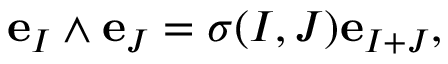
{ \mathbf e } _ { I } \wedge { \mathbf e } _ { J } = \sigma ( I , J ) { \mathbf e } _ { I + J } ,